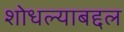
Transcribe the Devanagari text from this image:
शोधल्याबद्दल